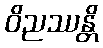
ဝိညဿန္တိ